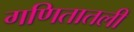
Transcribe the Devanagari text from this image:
गणितातली